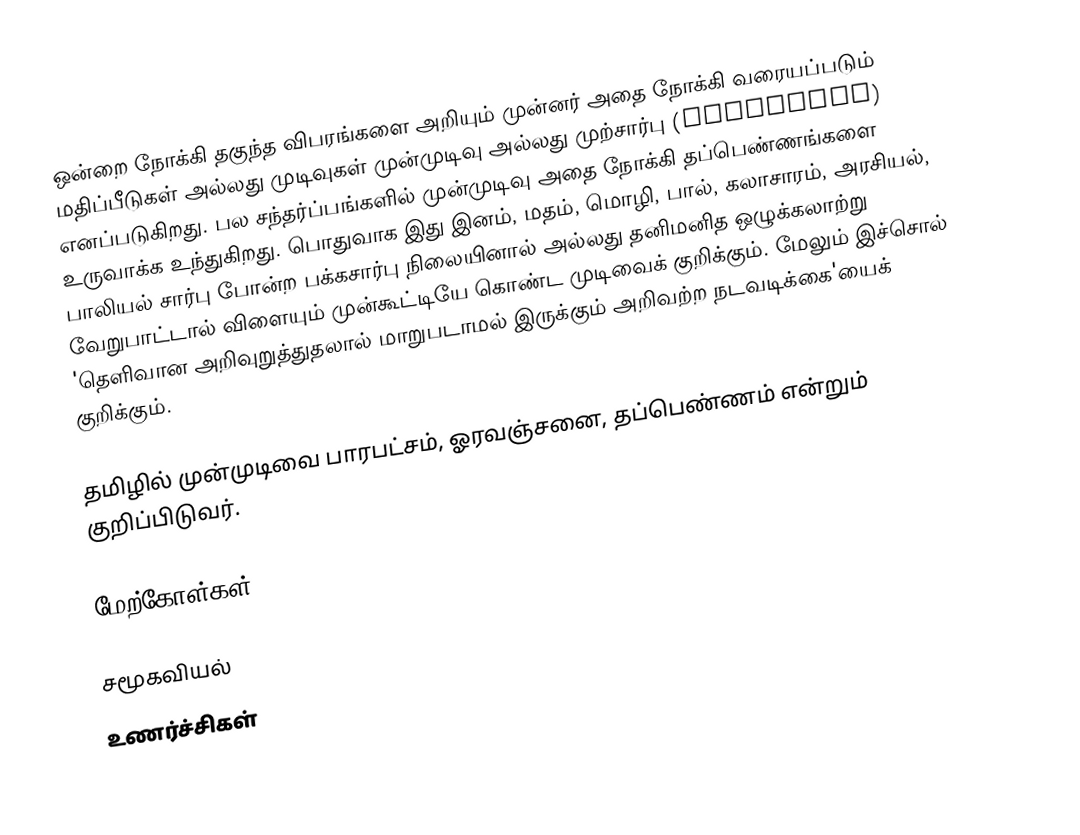
ஒன்றை நோக்கி தகுந்த விபரங்களை அறியும் முன்னர் அதை நோக்கி வரையப்படும் மதிப்பீடுகள் அல்லது முடிவுகள் முன்முடிவு அல்லது முற்சார்பு (prejudice) எனப்படுகிறது. பல சந்தர்ப்பங்களில் முன்முடிவு அதை நோக்கி தப்பெண்ணங்களை உருவாக்க உந்துகிறது. பொதுவாக இது இனம், மதம், மொழி, பால், கலாசாரம், அரசியல், பாலியல் சார்பு போன்ற பக்கசார்பு நிலையினால் அல்லது தனிமனித ஒழுக்கலாற்று வேறுபாட்டால் விளையும் முன்கூட்டியே கொண்ட முடிவைக் குறிக்கும். மேலும் இச்சொல் 'தெளிவான அறிவுறுத்துதலால் மாறுபடாமல் இருக்கும் அறிவற்ற நடவடிக்கை'யைக் குறிக்கும்.

தமிழில் முன்முடிவை பாரபட்சம், ஓரவஞ்சனை, தப்பெண்ணம் என்றும் குறிப்பிடுவர்.

மேற்கோள்கள்

சமூகவியல்
உணர்ச்சிகள்